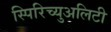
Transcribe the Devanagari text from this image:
स्पिरिच्युअलिटी